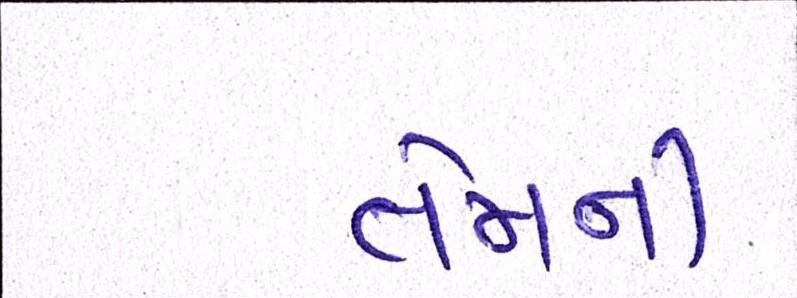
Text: તેમની